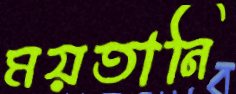
ময়তানি